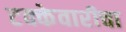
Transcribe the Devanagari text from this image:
टक्केवारीचा